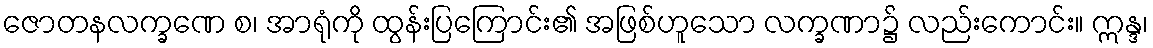
ဇောတနလက္ခဏေ စ၊ အာရုံကို ထွန်းပြကြောင်း၏ အဖြစ်ဟူသော လက္ခဏာ၌ လည်းကောင်း။ ဣန္ဒ၊